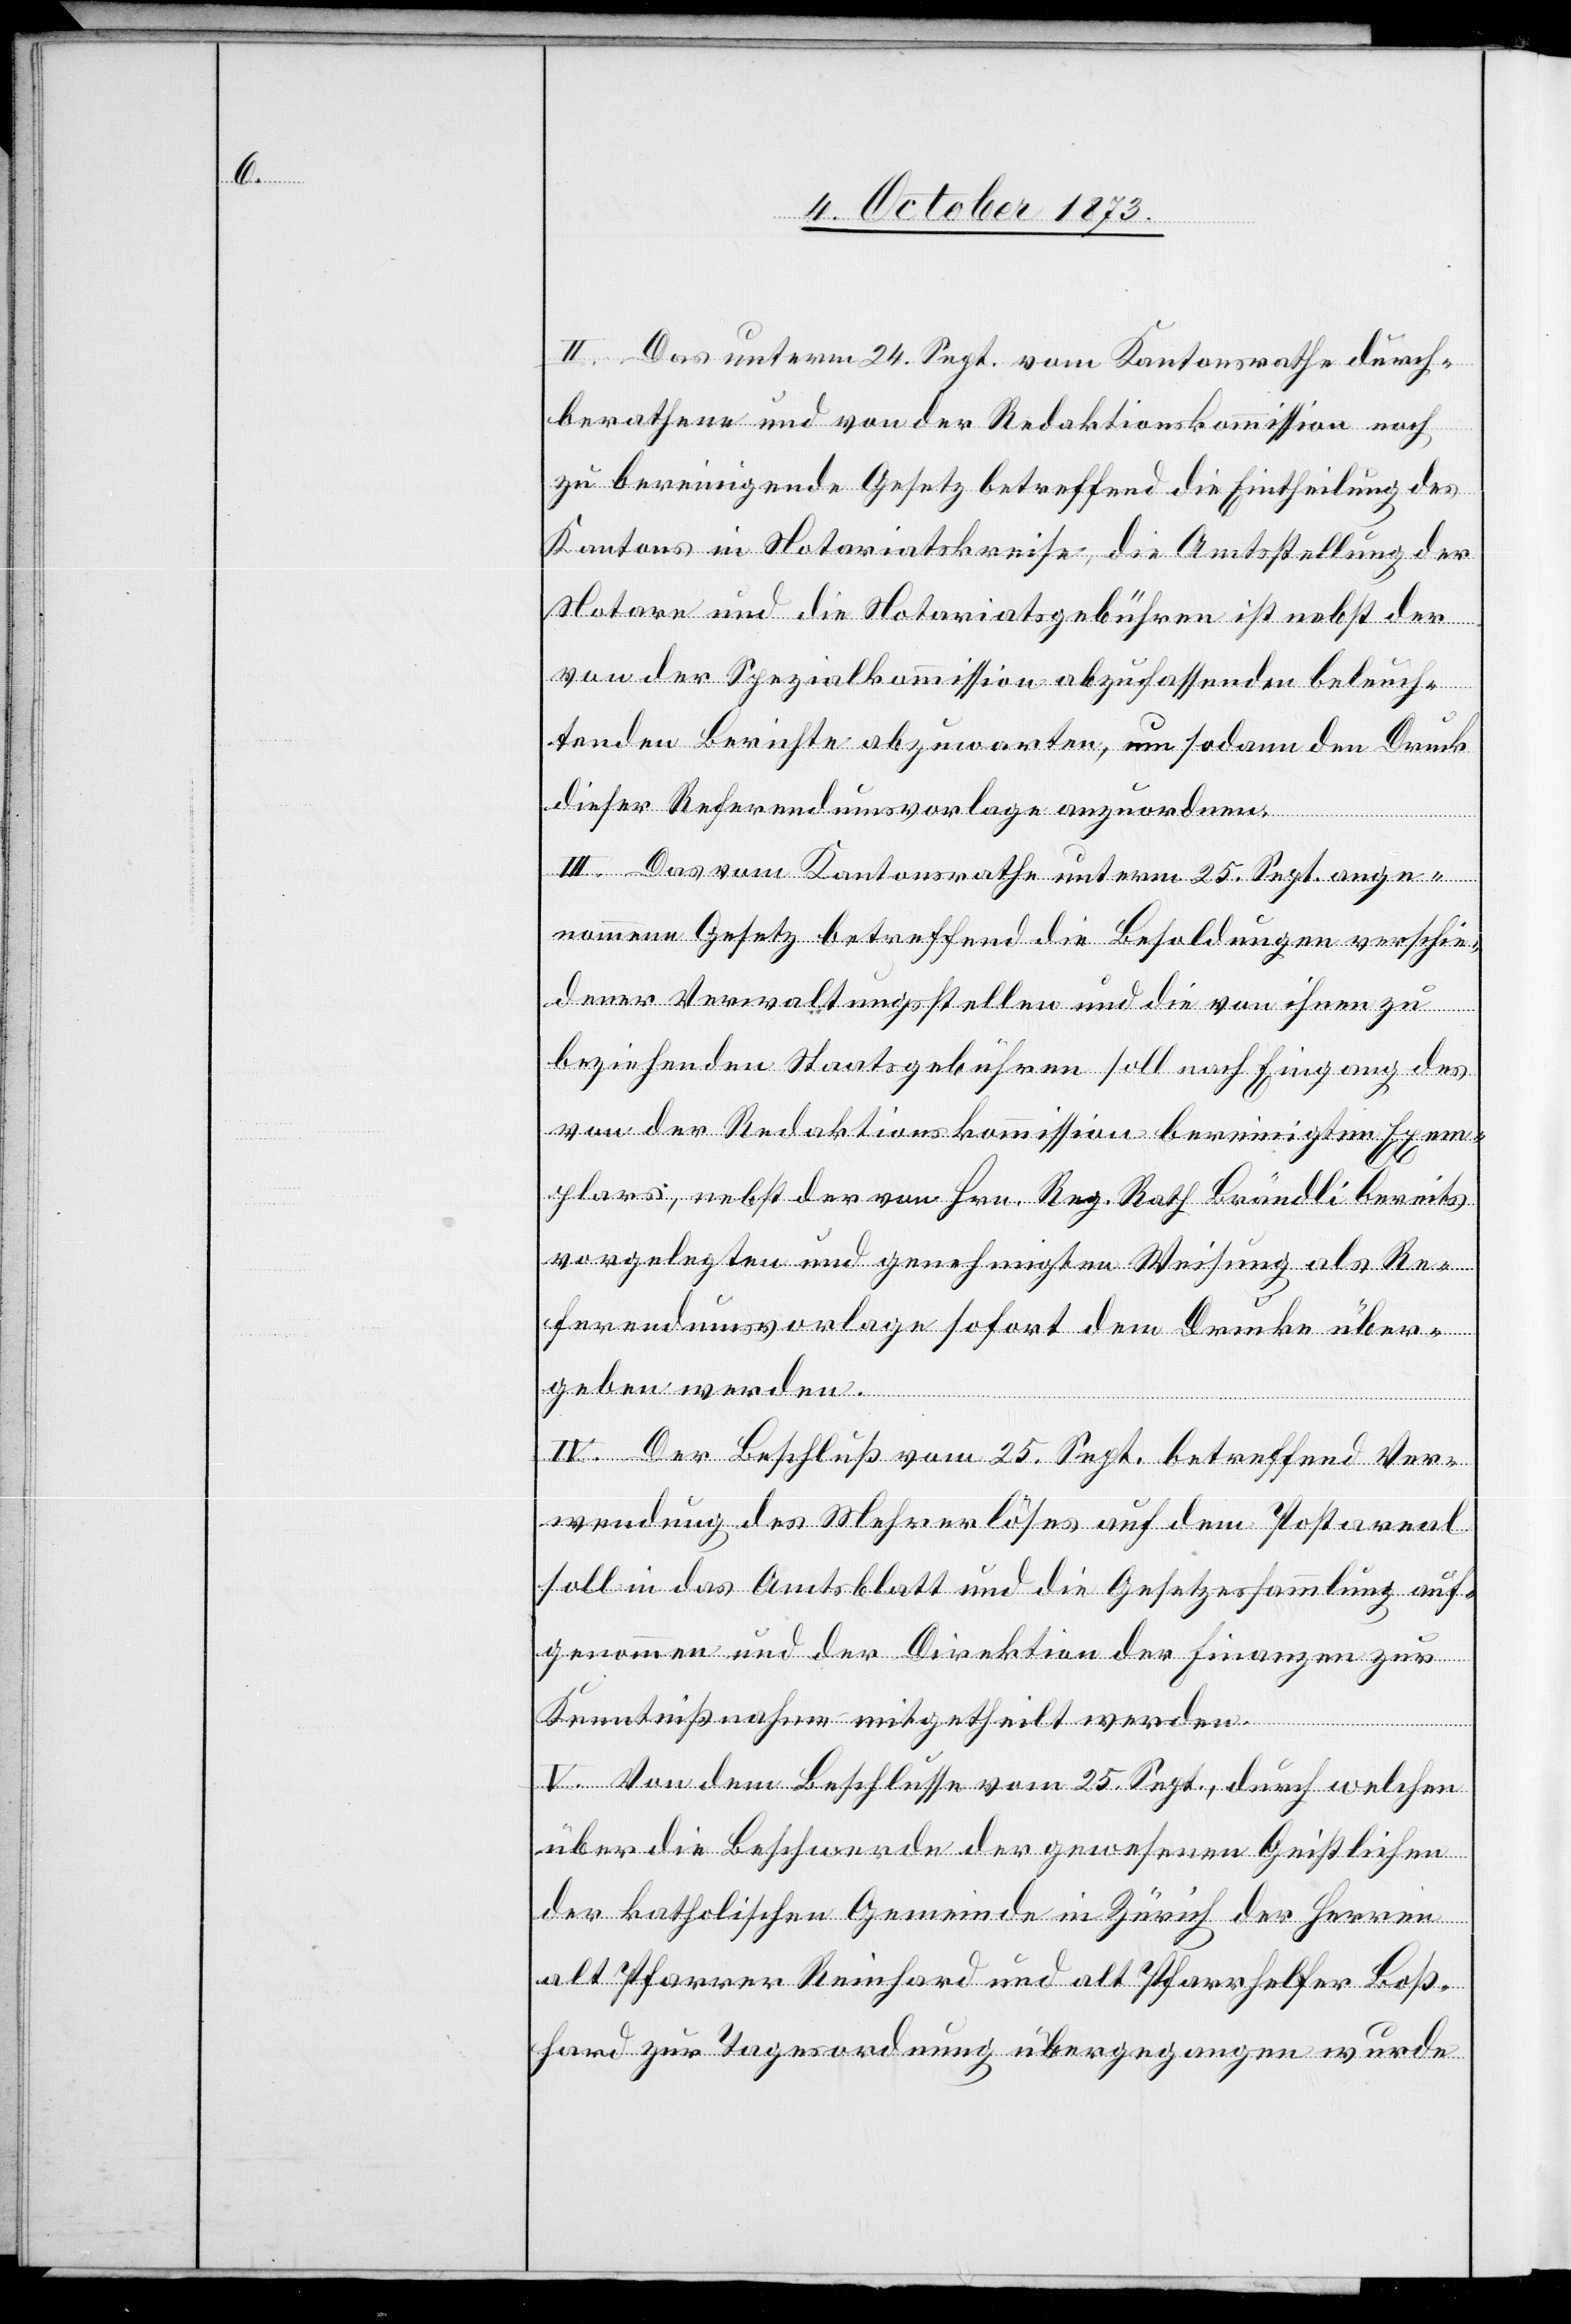
II. Das unterm 24. Sept. vom Kantonsrathe durch¬
berathene und von der Redaktionskommission noch
zu bereinigende Gesetz betreffend die Eintheilung des
Kantons in Notariatskreise, die Amtsstellung der
Notare und die Notariatsgebühren ist nebst der
von der Spezialkommission abzufassenden beleuch¬
tenden Berichte abzuwarten, um sodann den Druck
dieser Referendumsvorlage anzuordnen.
III. Das vom Kantonsrathe unterm 25. Sept. ange¬
nommene Gesetz betreffend die Besoldungen verschie¬
dener Verwaltungsstellen und die von ihnen zu
beziehenden Staatsgebühren soll nach Eingang des
von der Redaktionskommission bereinigten Exem¬
plares, nebst der von Hrn. Reg. Rath Brändli bereits
vorgelegten und genehmigten Weisung als Re¬
ferendumsvorlage sofort dem Drucke über¬
geben werden.
IV. Der Beschluß vom 25. Sept. betreffend Ver¬
wendung des Mehrerlöses auf dem Postareal
soll in das Amtsblatt und die Gesetzessammlung auf¬
genommen und der Direktion der Finanzen zur
Kenntnißnahme mitgetheilt werden.
V. Von dem Beschlusse vom 25. Sept., durch welchen
über die Beschwerde der gewesenen Geistlichen
der katholischen Gemeinde in Zürich der Herren
alt Pfarrer Reinhard und alt Pfarrhelfer Boß¬
hard zur Tagesordnung übergegangen wurde